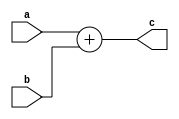
`timescale 1ns / 1ps
//////////////////////////////////////////////////////////////////////////////////
// Company: 
// Engineer: 
// 
// Design Name: 
// Module Name: pc_adder
// Project Name: 
// Target Devices: 
// Tool Versions: 
// Description: 
// 
// Dependencies: 
// 
// Revision:
// Revision 0.01 - File Created
// Additional Comments:
// 
//////////////////////////////////////////////////////////////////////////////////


module pc_adder #(parameter N = 32)(
    input  [N-1:0] a, b,
    output [N-1:0] c
    );

    assign c = a + b;
    
endmodule